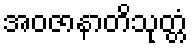
အဝဇာနာတိသုတ္တံ